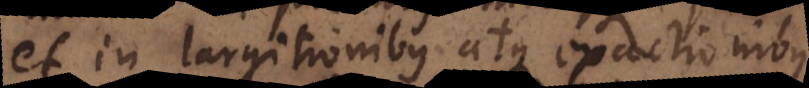
et in largitionibus atque exactionibus